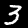
Label: 3